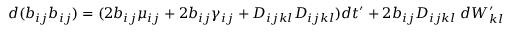
d ( b _ { i j } b _ { i j } ) = ( 2 b _ { i j } \mu _ { i j } + 2 b _ { i j } \gamma _ { i j } + D _ { i j k l } D _ { i j k l } ) d t ^ { \prime } + 2 b _ { i j } D _ { i j k l } \; d W _ { k l } ^ { \prime }